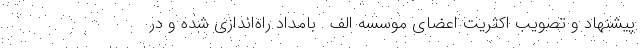
پیشنهاد و تصویب اکثریت اعضای موسسه الف . بامداد راه‌اندازی شده و در